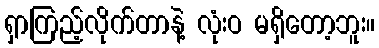
ရှာကြည့်လိုက်တာနဲ့ လုံးဝ မရှိတော့ဘူး။